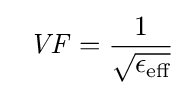
\;\;{\mathit {VF}}={1 \over {\sqrt {\epsilon _{\text{eff}}}}}\;